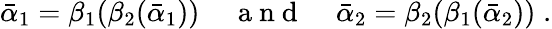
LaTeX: \bar{\alpha}_{1}=\beta_{1}(\beta_{2}(\bar{\alpha}_{1}))\; \; \; \; {\mathrm{~a~n~d~}}\; \; \; \; \bar{\alpha}_{2}=\beta_{2}(\beta_{1}(\bar{\alpha}_{2}))\; .